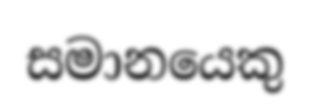
සමානයෙකු